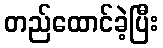
တည်ထောင်ခဲ့ပြီး